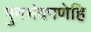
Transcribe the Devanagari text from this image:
पुनर्भवपणेहि